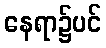
နေရာ၌ပင်